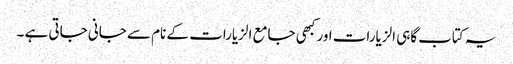
یہ کتاب گاہی الزیارات اور کبھی جامع الزیارات کے نام سے جانی جاتی ہے ۔